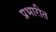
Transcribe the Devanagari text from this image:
प्रभारीत